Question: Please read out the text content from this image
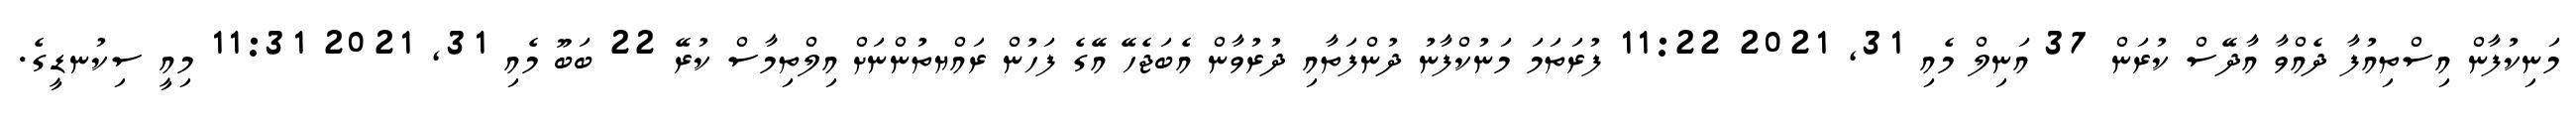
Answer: މަނިކުފާން އިސްތިއުފާ ދެއްވާ އާދޭސް ކުރަން 37 އަނިލް މެއި 31, 2021 11:22 ފުރަތަމަ މަނުކްފާނު ދުންފަތާއި ދުރުވާން އެބަޖެހޭ އޭގެ ފަހުން ރައްޔތުންނަށް އިލްތިމާސް ކުރޭ 22 ބަބޫ މެއި 31, 2021 11:31 މިއީ ސިކުނޑީގެ.